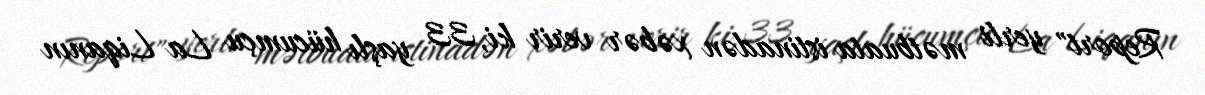
Report" yerli mətbuata istinadən xəbər verir ki, 33 yaşlı hücumçu La Liqanın